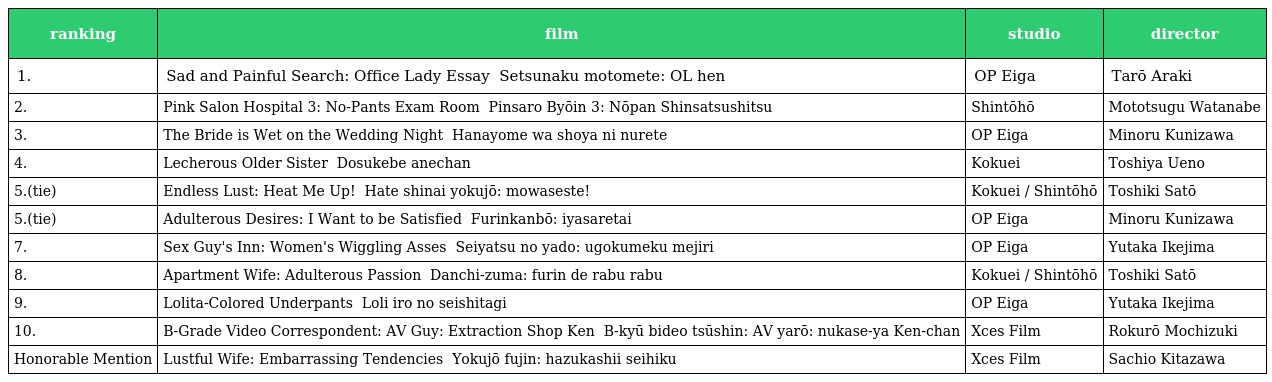
| ranking | film | studio | director |
 | --- | --- | --- | --- |
 | 1. | Sad and Painful Search: Office Lady Essay せつなく求めて　ＯＬ編 Setsunaku motomete: OL hen | OP Eiga | Tarō Araki |
 | 2. | Pink Salon Hospital 3: No-Pants Exam Room ピンサロ病院３　ノーパン診察室 Pinsaro Byōin 3: Nōpan Shinsatsushitsu | Shintōhō | Mototsugu Watanabe |
 | 3. | The Bride is Wet on the Wedding Night 花嫁は初夜に濡れて Hanayome wa shoya ni nurete | OP Eiga | Minoru Kunizawa |
 | 4. | Lecherous Older Sister どすけべ姉ちゃん Dosukebe anechan | Kokuei | Toshiya Ueno |
 | 5.(tie) | Endless Lust: Heat Me Up! 果てしない欲情　もえさせて！ Hate shinai yokujō: mowaseste! | Kokuei / Shintōhō | Toshiki Satō |
 | 5.(tie) | Adulterous Desires: I Want to be Satisfied 不倫願望　癒されたい Furinkanbō: iyasaretai | OP Eiga | Minoru Kunizawa |
 | 7. | Sex Guy's Inn: Women's Wiggling Asses 性奴の宿　うごめく女尻 Seiyatsu no yado: ugokumeku mejiri | OP Eiga | Yutaka Ikejima |
 | 8. | Apartment Wife: Adulterous Passion 団地妻　不倫でラブラブ Danchi-zuma: furin de rabu rabu | Kokuei / Shintōhō | Toshiki Satō |
 | 9. | Lolita-Colored Underpants ロリ色の生下着 Loli iro no seishitagi | OP Eiga | Yutaka Ikejima |
 | 10. | B-Grade Video Correspondent: AV Guy: Extraction Shop Ken Ｂ級ビデオ通信　ＡＶ野郎・抜かせ屋ケンちゃん B-kyū bideo tsūshin: AV yarō: nukase-ya Ken-chan | Xces Film | Rokurō Mochizuki |
 | Honorable Mention | Lustful Wife: Embarrassing Tendencies 欲情夫人　恥かしい性癖 Yokujō fujin: hazukashii seihiku | Xces Film | Sachio Kitazawa |